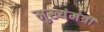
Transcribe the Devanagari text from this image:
मुख्यंमंत्री